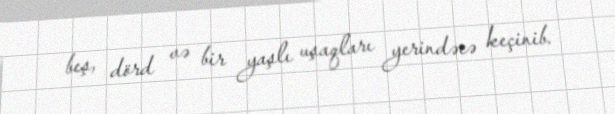
beş, dörd və bir yaşlı uşaqları yerindəcə keçinib.